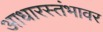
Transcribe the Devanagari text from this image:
आधारस्तंभावर